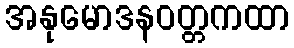
အနုမောဒနဝတ္တကထာ